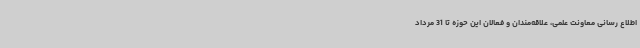
اطلاع رسانی معاونت علمی، علاقه‌مندان و فعالان این حوزه تا 31 مرداد